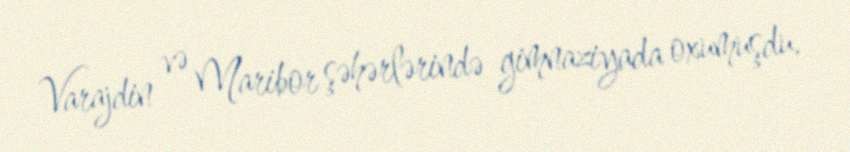
Varajdin və Maribor şəhərlərində gimnaziyada oxumuşdu.